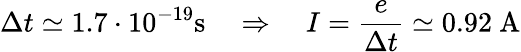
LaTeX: \Delta t\simeq 1.7\cdot 10^{-19}\mathrm{s}\quad\Rightarrow\quad I=\frac{e}{\Delta t}\simeq 0.92~\mathrm{A}